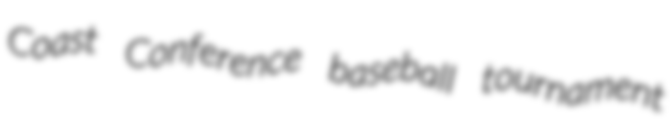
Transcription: Coast Conference baseball tournament